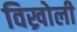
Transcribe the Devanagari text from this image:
विख्रोली